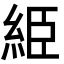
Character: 䋗